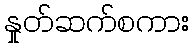
နှုတ်ဆက်စကား